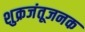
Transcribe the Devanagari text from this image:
शुक्रजंतूजनक